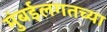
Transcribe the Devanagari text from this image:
मुंबईलगतच्या